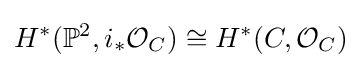
H^{*}(\mathbb {P} ^{2},i_{*}{\mathcal {O}}_{C})\cong H^{*}(C,{\mathcal {O}}_{C})